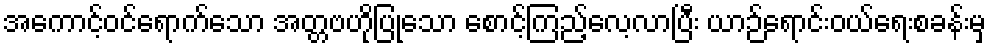
အကောင့်ဝင်ရောက်သော အတ္တဗဟိုပြုသော စောင့်ကြည့်လေ့လာပြီး ယာဉ်ရောင်းဝယ်ရေးစခန်းမှ